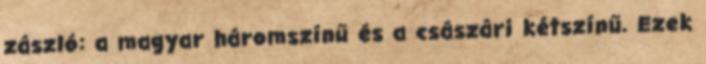
zászló: a magyar háromszínű és a császári kétszínű. Ezek